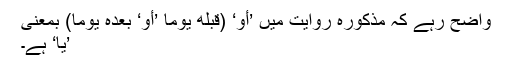
واضح رہے کہ مذکورہ روایت میں ’أو‘ (قبله يوما ’أو‘ بعدہ يوما) بمعنی
’یا‘ ہے۔